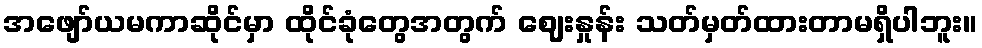
အဖျော်ယမကာဆိုင်မှာ ထိုင်ခုံတွေအတွက် ဈေးနှုန်း သတ်မှတ်ထားတာမရှိပါဘူး။